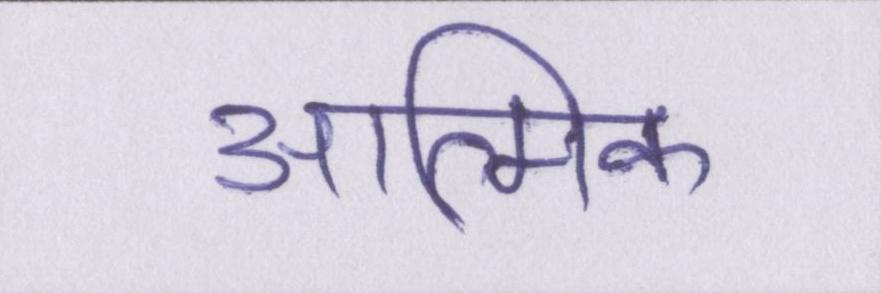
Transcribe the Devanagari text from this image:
आत्मिक